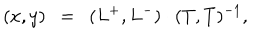
( x , y ) ~ ~ = ~ ~ ( L ^ { + } , L ^ { - } ) \cdot ( T , T ) ^ { - 1 } ,